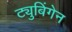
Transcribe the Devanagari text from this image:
ट्युबिंगेन